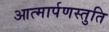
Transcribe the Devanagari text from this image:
आत्मार्पणस्तुति